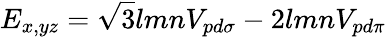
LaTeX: E_{x,yz}={\sqrt{3}}lmnV_{pd\sigma}-2lmnV_{pd\pi}